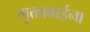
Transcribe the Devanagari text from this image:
मुक्ताबाईना